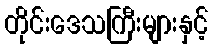
တိုင်းဒေသကြီးများနှင့်